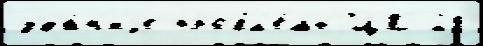
зда́н'иjе пробл'е́мы ЦК 28